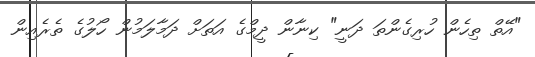
"އޭތް ތިހެން ހުރިގެންތަ ދަނީ" ކިނާން ދީމްގެ އަތަށް ދަމާލަމުން ހޯލުގެ ތެރެއިން